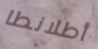
أطلانطا